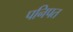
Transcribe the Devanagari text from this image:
पनिपत